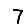
Digit: 7